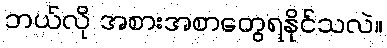
ဘယ်လို အစားအစာတွေရနိုင်သလဲ။